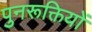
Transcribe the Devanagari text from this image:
पुनरूक्तियों